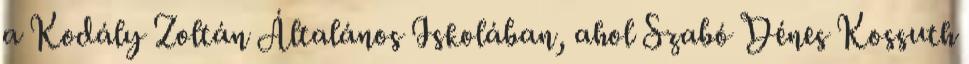
a Kodály Zoltán Általános Iskolában, ahol Szabó Dénes Kossuth